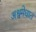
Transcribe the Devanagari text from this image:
अश्वमेधात